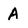
Character: A